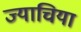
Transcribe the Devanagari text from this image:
ज्याचिया